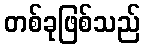
တစ်ခုဖြစ်သည်